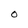
Character: 0